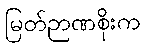
မြတ်ဉာဏစိုးက